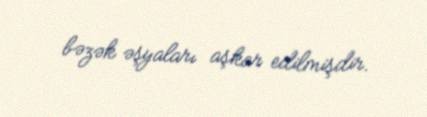
bəzək əşyaları aşkar edilmişdir.